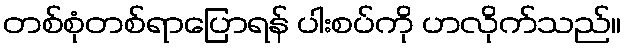
တစ်စုံတစ်ရာပြောရန် ပါးစပ်ကို ဟလိုက်သည်။